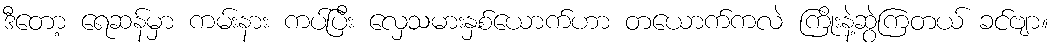
ဒီတော့ ရေဆန်မှာ ကမ်းနား ကပ်ပြီး လှေသမားနှစ်ယောက်ဟာ တယောက်ကလဲ ကြိုးနဲ့ဆွဲကြတယ် ခင်ဗျာ။